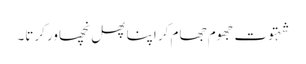
شہتوت جھوم جھام کر اپنا پھل نچھاور کرتا۔